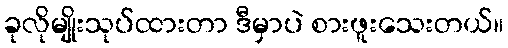
ခုလိုမျိုးသုပ်ထားတာ ဒီမှာပဲ စားဖူးသေးတယ်။